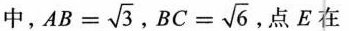
中 $$A B = \sqrt { 3 }$$ . $$B C = \sqrt { 6 }$$ .点E在